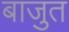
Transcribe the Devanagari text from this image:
बाजुत